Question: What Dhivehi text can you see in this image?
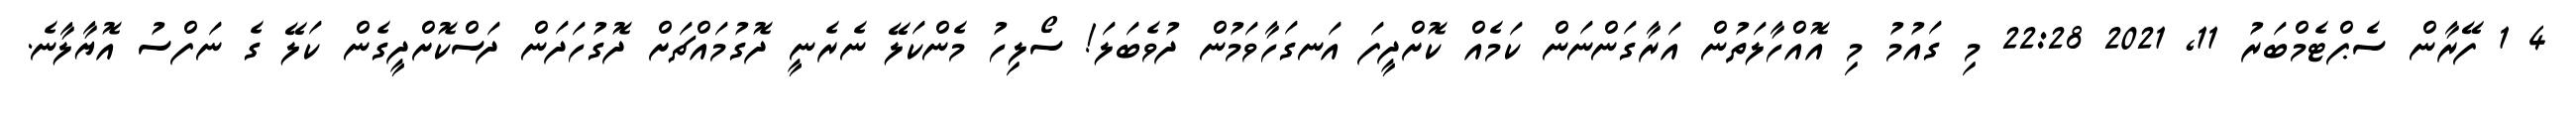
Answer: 4 1 ފޭރާން ސެޕްޓެމްބަރު 11, 2021 22:28 މި ގައުމު މި އޮއްހާލަތުން އަރާގަންނަން ކަމެއް ކޮށްދީފަ އަނގަހާވަމުން ދުވެބަލަ! ސޯލިހު މެންކަލޭ ނެރެނީ ދޮގުމައްޗަށް ދޮގުހަދަން ދަސްކޮށްދީގެން ކަލޭ ގެ ނަފްސު އޮޔާލާނެ.